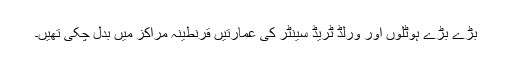
بڑے بڑے ہوٹلوں اور ورلڈ ٹریڈ سینٹر کی عمارتیں قرنطینہ مراکز میں بدل چکی تھیں۔